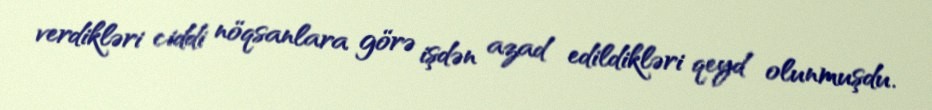
verdikləri ciddi nöqsanlara görə işdən azad edildikləri qeyd olunmuşdu.